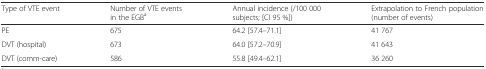
| Type of VTE event | Number of VTE events in the EGBa | Annual incidence (/100 000 subjects; [CI 95 %]) | Extrapolation to French population (number of events) |
 | --- | --- | --- | --- |
 | PE | 675 | 64.2 [57.4–71.1] | 41 767 |
 | DVT (hospital) | 673 | 64.0 [57.2–70.9] | 41 643 |
 | DVT (comm-care) | 586 | 55.8 [49.4–62.1] | 36 260 |